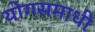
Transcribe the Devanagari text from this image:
योगसमाधी